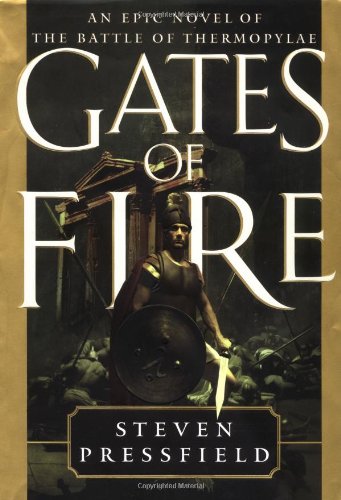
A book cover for Gates of Fire; Steven Pressfield; Literature & Fiction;